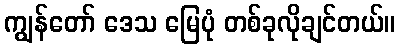
ကျွန်တော် ဒေသ မြေပုံ တစ်ခုလိုချင်တယ်။